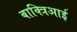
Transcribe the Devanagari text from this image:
बाक्त्रिआई